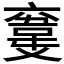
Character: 𩎮